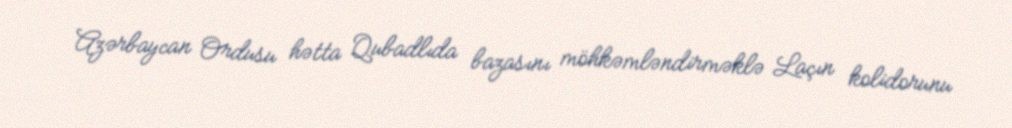
Azərbaycan Ordusu hətta Qubadlıda bazasını möhkəmləndirməklə Laçın kolidorunu